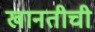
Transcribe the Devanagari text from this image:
खानतीची